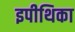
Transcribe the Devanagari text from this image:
इपीथिका